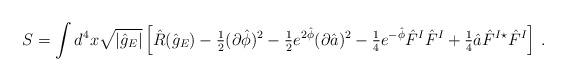
LaTeX: \begin{align*}S= \int d^{4}x\sqrt{|\hat{g}_{E}|} \left[ \hat{R}(\hat{g}_{E})-{\textstyle\frac{1}{2}}(\partial\hat{\phi})^{2}-{\textstyle\frac{1}{2}} e^{2\hat{\phi}}(\partial\hat{a})^{2}-{\textstyle\frac{1}{4}} e^{-\hat{\phi}}\hat{F}^{I}\hat{F}^{I}+{\textstyle\frac{1}{4}}\hat{a} \hat{F}^{I}{}^{\star}\hat{F}^{I} \right]\, .\end{align*}